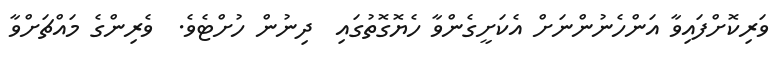
ވަރިކޮށްފައިވާ އަންހެނުންނަށް އެކަށީގެންވާ ހެޔޮގޮތުގައި  ދިނުން ހުށްޓެވެ.  ވެރިންގެ މައްޗަށްވާ